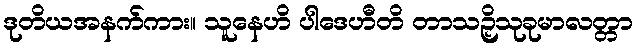
ဒုတိယအနက်ကား။ သူနေဟိ ပါဒေဟီတိ တာသဉှိသုခုမာလတ္တာ